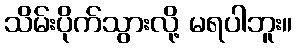
သိမ်းပိုက်သွားလို့ မရပါဘူး။